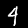
Digit: 4